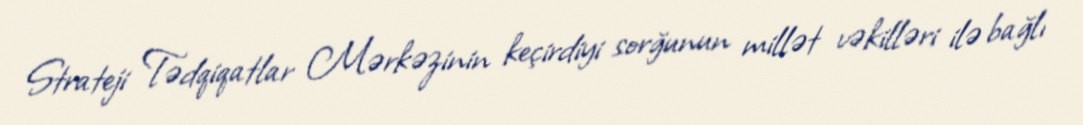
Strateji Tədqiqatlar Mərkəzinin keçirdiyi sorğunun millət vəkilləri ilə bağlı